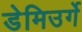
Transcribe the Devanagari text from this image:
डेमिउर्गे